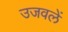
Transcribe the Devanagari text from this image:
उजवलें